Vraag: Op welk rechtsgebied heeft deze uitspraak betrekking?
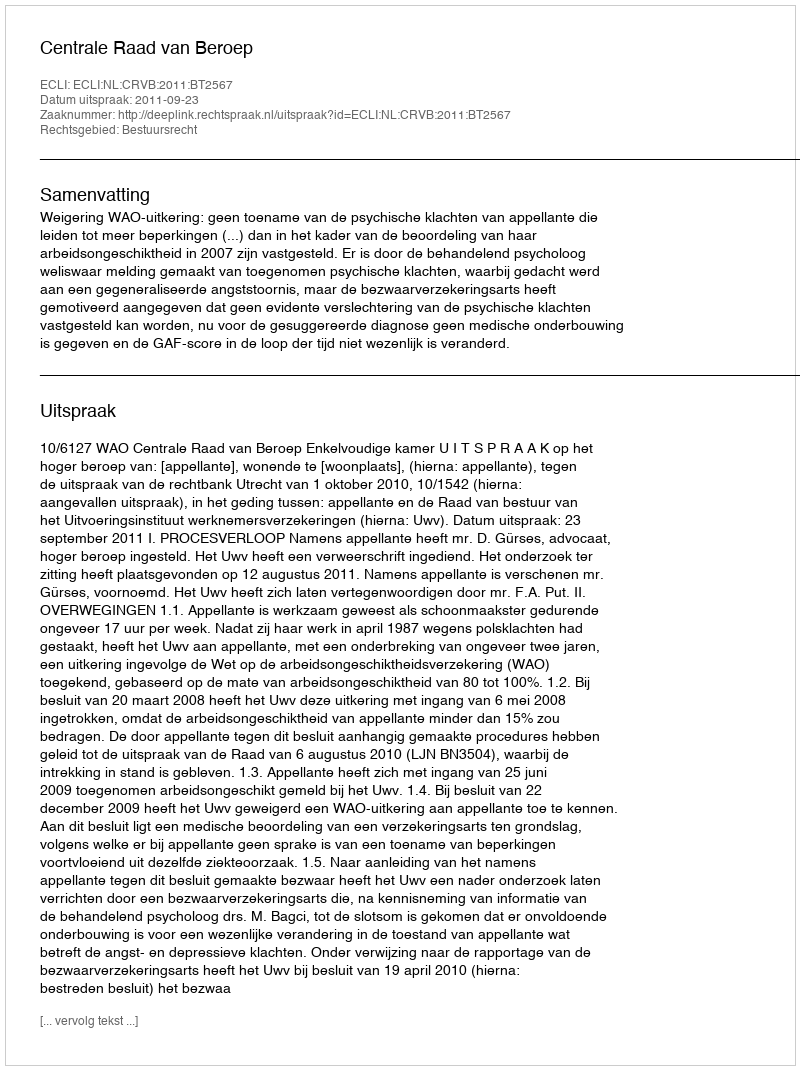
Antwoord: Bestuursrecht